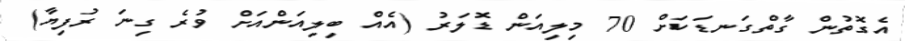
އެގޮތުން ގާތްގަނޑަކަށް 70 މިލިއަން ޑޮލަރު (އެއް ބިލިއަންއަށް ވުރެ ގިނަ ރުފިޔާ)